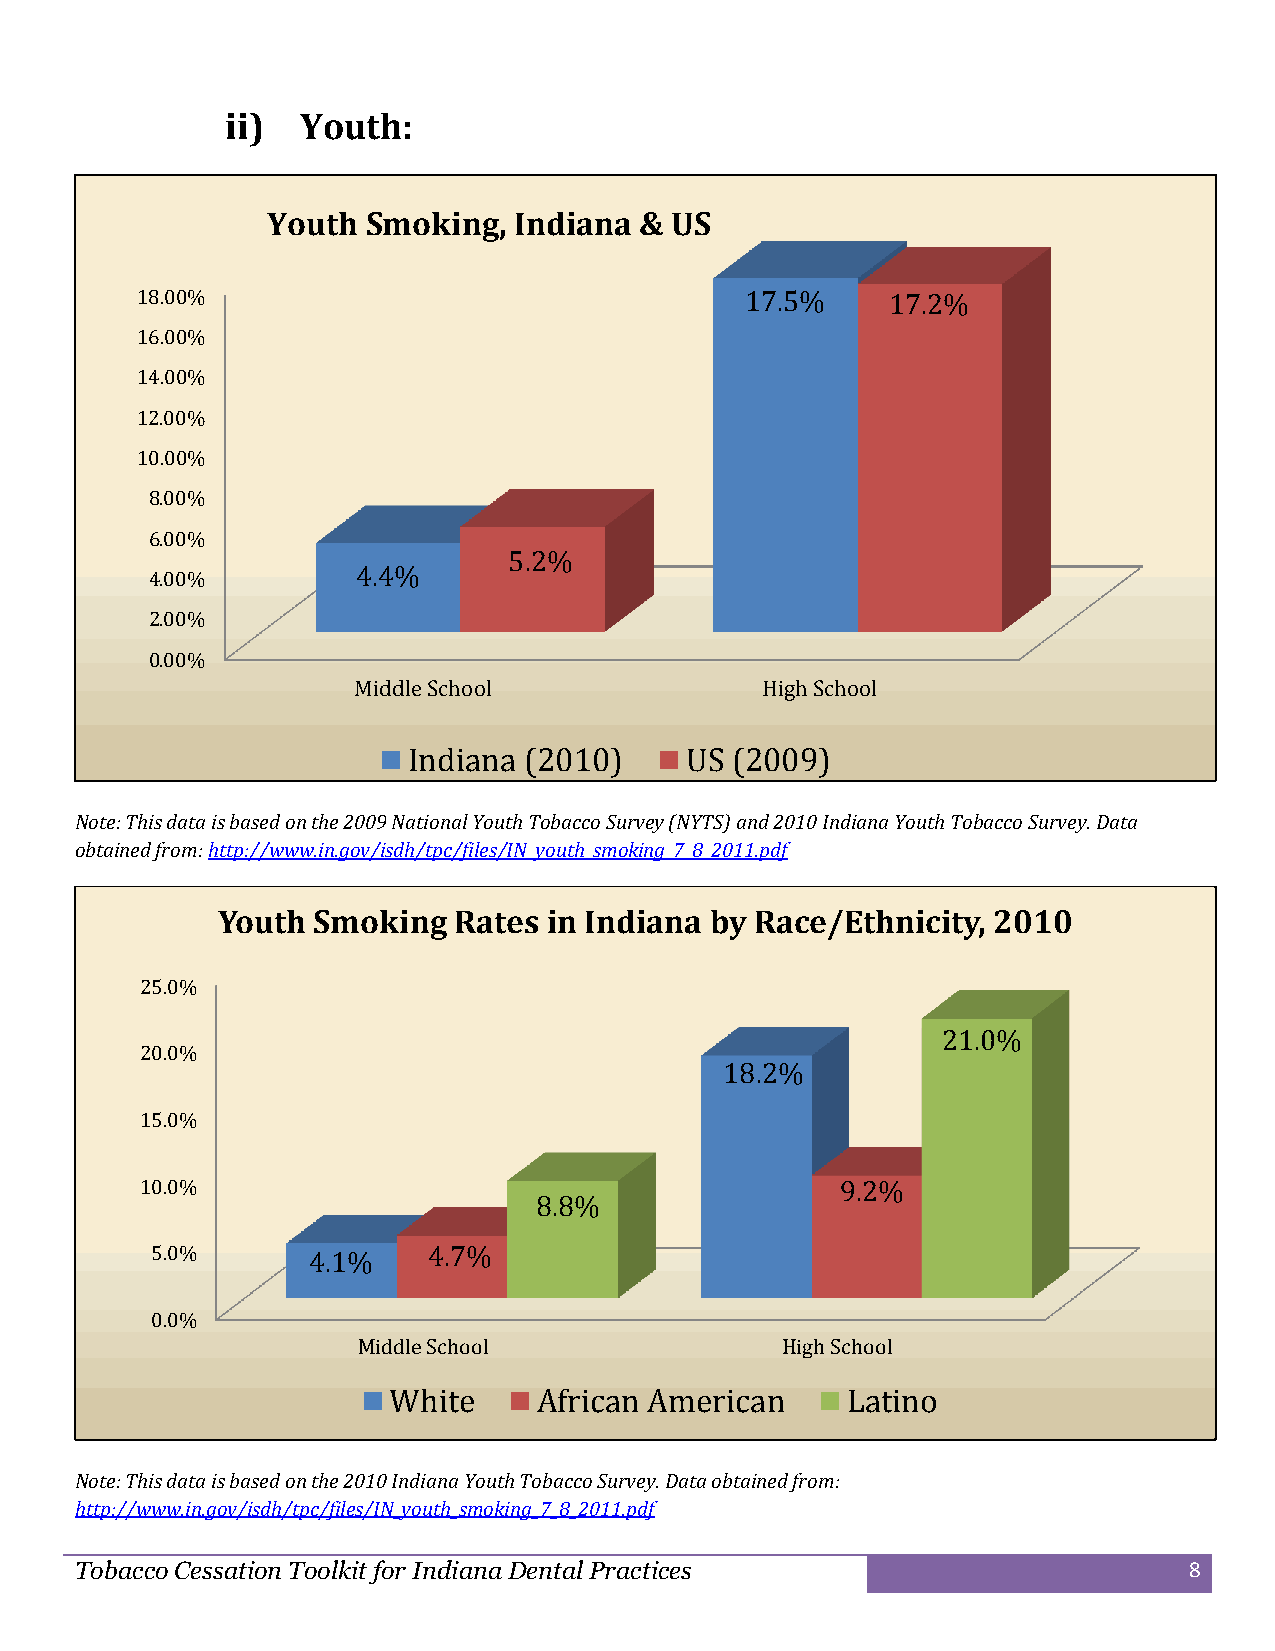
ii)  Youth:
 Youth Smoking,  Indiana & US
 18.00%                                  17.5%     17.2%
 16.00%
 14.00%
 12.00%
 10.00%
 8.00%
 6.00%
 5.2%
 4.4%
 4.00%
 2.00%
 0.00%
 Middle School              High School
 Indiana (2010)    US (2009)
 Note: This data is based on the 2009 National Youth Tobacco Survey (NYTS) and 2010 Indiana Youth Tobacco Survey. Data
 obtained from: http://www.in.gov/isdh/tpc/files/IN_youth_smoking_7_8_2011.pdf
 Youth  Smoking  Rates in Indiana by Race/Ethnicity, 2010
 25.0%
 21.0%
 20.0%
 18.2%
 15.0%
 10.0%                                          9.2%
 8.8%
 5.0%      4.1%    4.7%
 0.0%
 Middle School               High School
 White     African American    Latino
 Note: This data is based on the 2010 Indiana Youth Tobacco Survey. Data obtained from:
 http://www.in.gov/isdh/tpc/files/IN_youth_smoking_7_8_2011.pdf
 Tobacco Cessation Toolkit for Indiana Dental Practices                    8